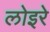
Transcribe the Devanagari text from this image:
लोइरे